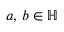
\; a , \, b \in \mathbb { H }